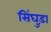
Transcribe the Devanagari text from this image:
सिंघुड़ा